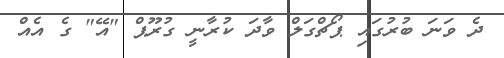
ދެ ވަނަ ބުރުގައި ޕޯޗްގަލް ވާދަ ކުރާނީ ގުރޫޕް "އޭ" ގެ އެއް